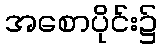
အစောပိုင်း၌